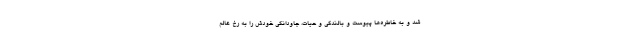
شد و به خاطره‌ها پیوست و بالندگی و حیات، جاودانگی خودش را به رخ عالم